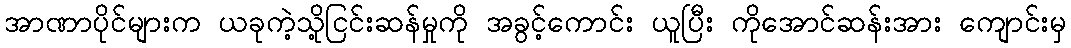
အာဏာပိုင်များက ယခုကဲ့သို့ငြင်းဆန်မှုကို အခွင့်ကောင်း ယူပြီး ကိုအောင်ဆန်းအား ကျောင်းမှ